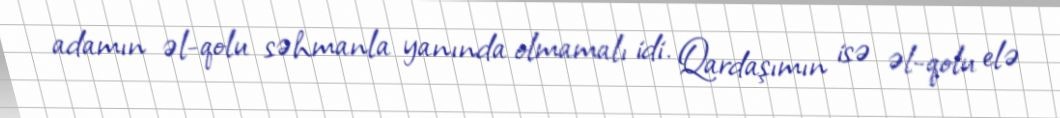
adamın əl-qolu səhmanla yanında olmamalı idi. Qardaşımın isə əl-qolu elə